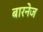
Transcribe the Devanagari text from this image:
बारनेज